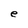
Character: e